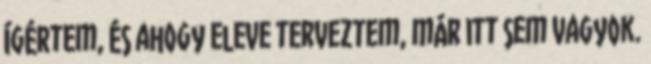
ígértem, és ahogy eleve terveztem, már itt sem vagyok.